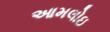
આમલોઇ